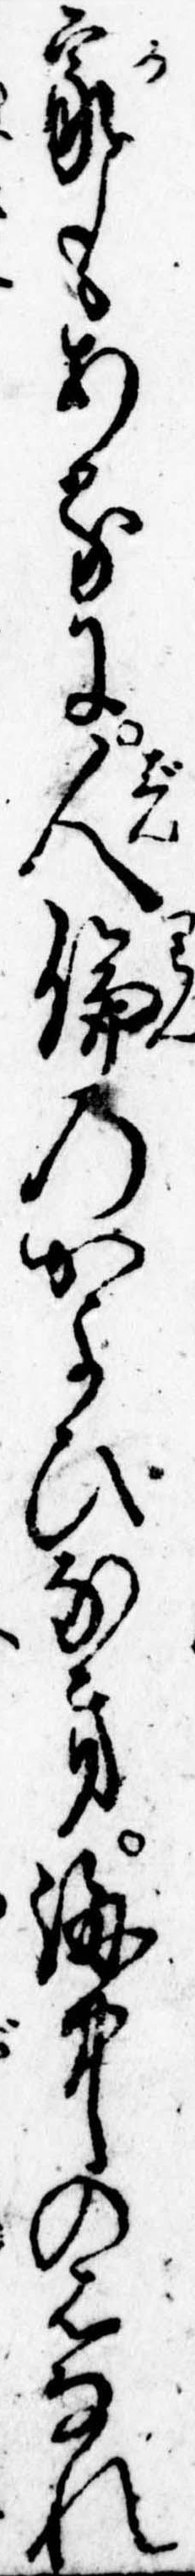
家もあるに人倫のかよひなき海中のはなれ